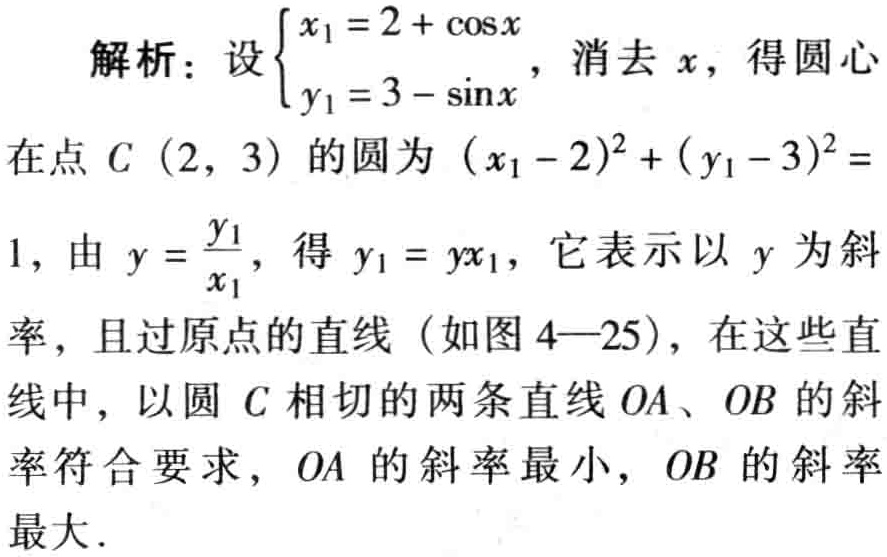
解析：设$\begin{cases}x_{1}=2 + \cos x\\y_{1}=3 - \sin x\end{cases}$，消去$x$，得圆心
在点$C\ (2,\ 3)$的圆为$(x_{1}-2)^{2}+(y_{1}-3)^{2}=$
1，由$y = \frac{y_{1}}{x_{1}}$，得$y_{1}=yx_{1}$，它表示以$y$为斜
率，且过原点的直线（如图4—25），在这些直
线中，以圆$C$相切的两条直线$OA$、$OB$的斜
率符合要求，$OA$的斜率最小，$OB$的斜率
最大．